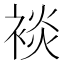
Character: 裧